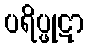
ပရိပ္ဖုဋာ